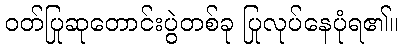
ဝတ်ပြုဆုတောင်းပွဲတစ်ခု ပြုလုပ်နေပုံရ၏။